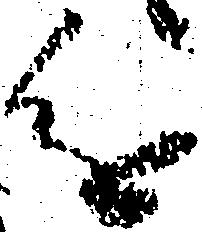
進